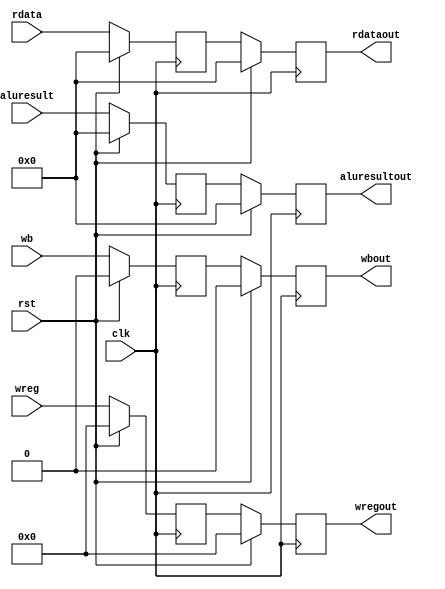
`timescale 1ns / 1ps
//////////////////////////////////////////////////////////////////////////////////
// Company: 
// Engineer: 
// 
// Design Name: 
// Module Name: MEMWB
// Project Name: 
// Target Devices: 
// Tool Versions: 
// Description: 
// 
// Dependencies: 
// 
// Revision:
// Revision 0.01 - File Created
// Additional Comments:
// 
//////////////////////////////////////////////////////////////////////////////////


module MEMWB(clk, rst, wb, rdata, aluresult, wreg, wbout, rdataout, aluresultout, wregout);

input clk, rst, wb;
input [15:0] aluresult, rdata;
input [3:0] wreg;

output wbout;
output[15:0] aluresultout, rdataout;
output [3:0] wregout;


reg wbhold,  zerohold;
reg[15:0] aluresulthold, rdatahold;
reg [15:0] branchaddhold;
reg [3:0] wreghold;

reg wbouttemp;
reg[15:0] aluresultouttemp, rdataouttemp;

reg[3:0] wregouttemp;

assign wbout = wbouttemp;
assign aluresultout = aluresultouttemp;
assign wregout = wregouttemp;
assign rdataout = rdataouttemp;

always @(posedge clk)
begin
    if(!rst)
    begin
        wbouttemp = wbhold;
       // wbouttemp = wb;
        wregouttemp = wreghold;
        aluresultouttemp = aluresulthold;
        rdataouttemp = rdatahold;
        
        
        wbhold = wb;       
        wreghold = wreg;
        aluresulthold = aluresult;
        rdatahold = rdata;

    end
    else
    begin
         wbouttemp = {1{1'b0}};
         wregouttemp = {4{1'b0}};
         aluresultouttemp = {16{1'b0}};
         rdataouttemp = {16{1'b0}};
         
         wbhold = {1{1'b0}};        
         zerohold = {1{1'b0}};
         wreghold = {4{1'b0}};
         aluresulthold = {16{1'b0}};
        rdatahold = {16{1'b0}};
    end

end





endmodule